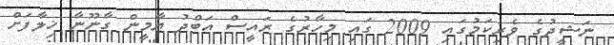
ނަޝީދުގެ ވެރިކަމުގައި 2009 ގައި މިހާރުގެ ރައީސް އަބްދު ޔާމީން ގާނޫނާ ޚިލާފަށް